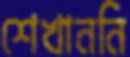
শেখাননি